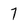
Character: 7